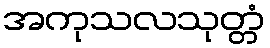
အကုသလသုတ္တံ